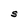
Character: S